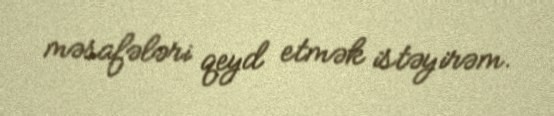
məsafələri qeyd etmək istəyirəm.